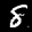
Label: 8